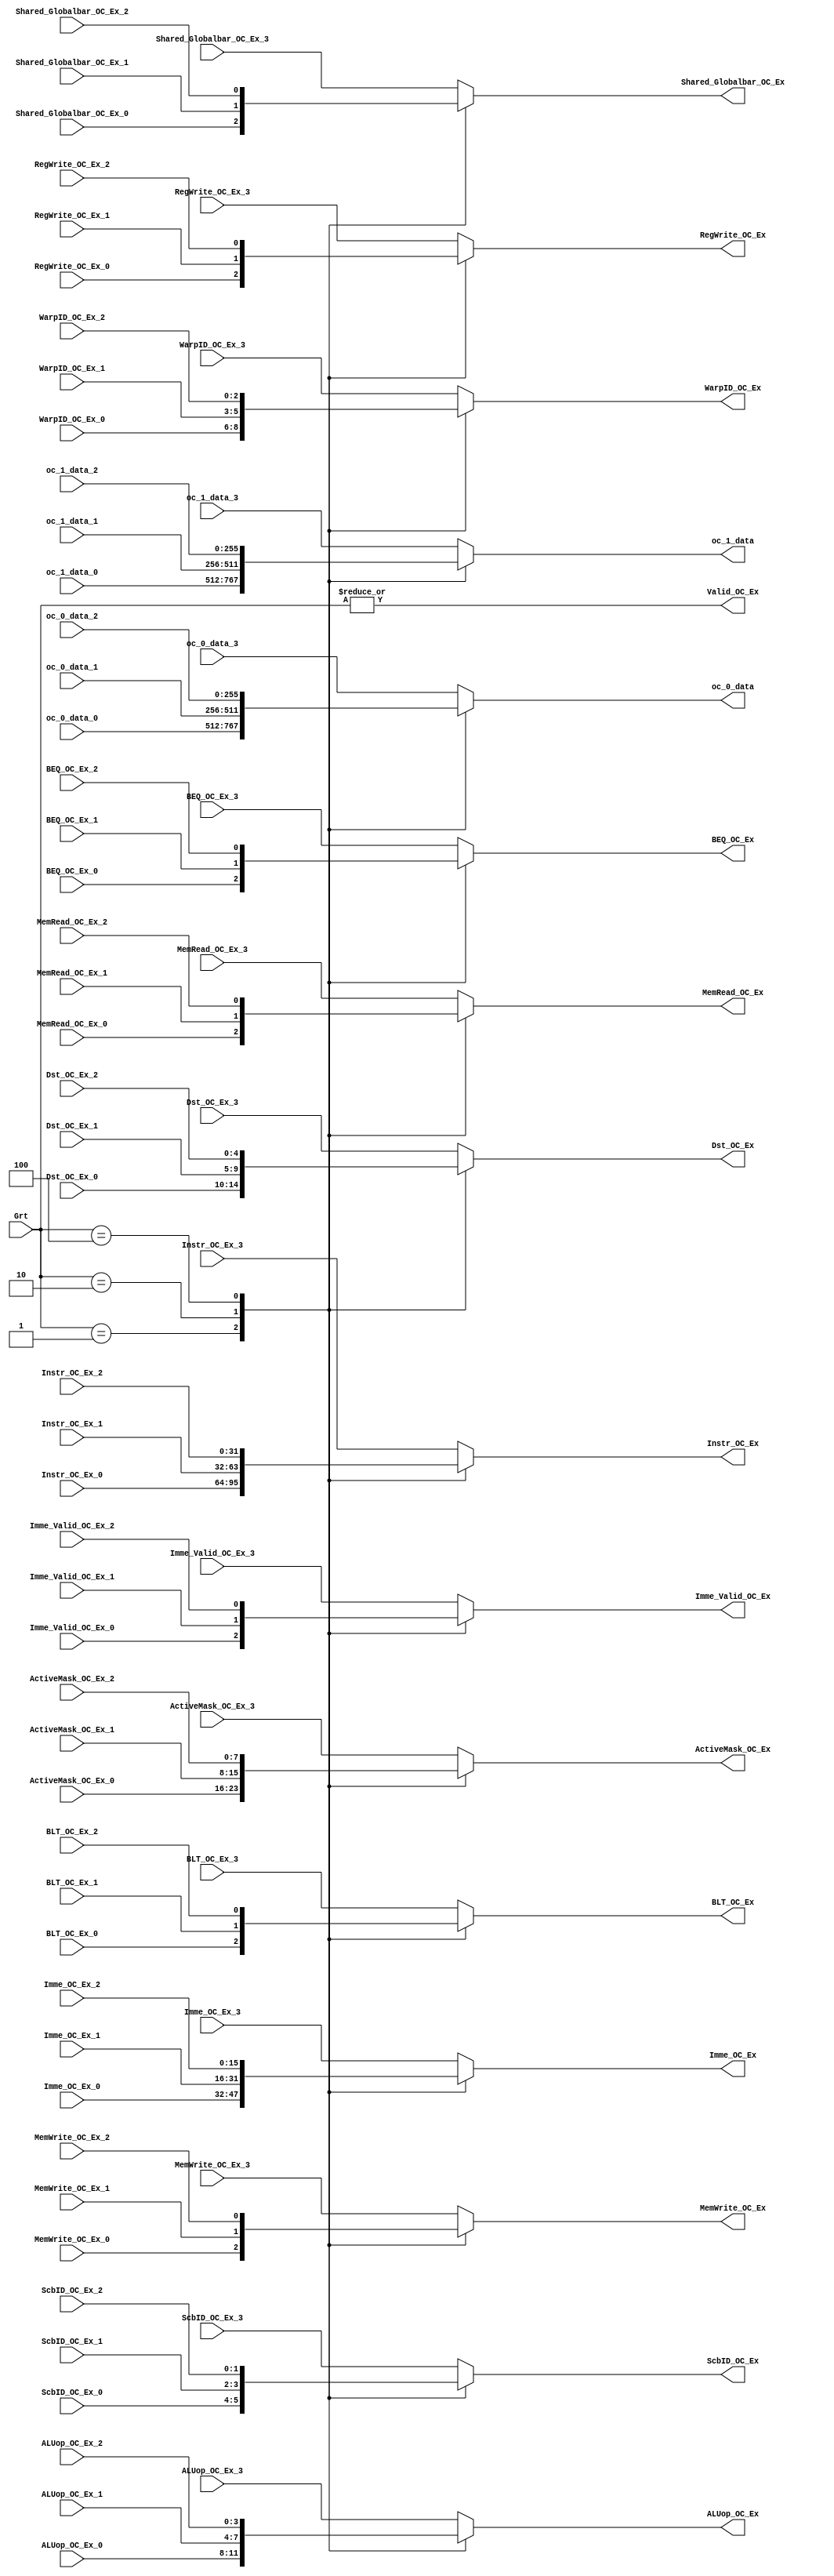
`timescale 1ns / 100ps

module MUX_4_1 (
    input [3:0] Grt,

    input wire [255:0] oc_0_data_0,
    input wire [255:0] oc_1_data_0,

    input [2:0] WarpID_OC_Ex_0,
    input [31:0] Instr_OC_Ex_0 ,//pass
    input RegWrite_OC_Ex_0,
    input [15:0] Imme_OC_Ex_0 ,//
    input Imme_Valid_OC_Ex_0 ,//
    input [3:0] ALUop_OC_Ex_0 ,//
    input MemWrite_OC_Ex_0 ,//
    input MemRead_OC_Ex_0 ,//
    input Shared_Globalbar_OC_Ex_0 ,//pass
    input BEQ_OC_Ex_0 ,//pass
    input BLT_OC_Ex_0 ,//pass
    input [1:0] ScbID_OC_Ex_0 ,//pass
    input [7:0] ActiveMask_OC_Ex_0,//pass
    input [4:0] Dst_OC_Ex_0,

    input wire [255:0] oc_0_data_1,
    input wire [255:0] oc_1_data_1,

    input [2:0] WarpID_OC_Ex_1,
    input [31:0] Instr_OC_Ex_1 ,//pass
    input RegWrite_OC_Ex_1,
    input [15:0] Imme_OC_Ex_1 ,//
    input Imme_Valid_OC_Ex_1 ,//
    input [3:0] ALUop_OC_Ex_1 ,//
    input MemWrite_OC_Ex_1 ,//
    input MemRead_OC_Ex_1 ,//
    input Shared_Globalbar_OC_Ex_1 ,//pass
    input BEQ_OC_Ex_1 ,//pass
    input BLT_OC_Ex_1 ,//pass
    input [1:0] ScbID_OC_Ex_1 ,//pass
    input [7:0] ActiveMask_OC_Ex_1,//pass
    input [4:0] Dst_OC_Ex_1,

    input wire [255:0] oc_0_data_2,
    input wire [255:0] oc_1_data_2,

    input [2:0] WarpID_OC_Ex_2,
    input [31:0] Instr_OC_Ex_2 ,//pass
    input RegWrite_OC_Ex_2,
    input [15:0] Imme_OC_Ex_2 ,//
    input Imme_Valid_OC_Ex_2 ,//
    input [3:0] ALUop_OC_Ex_2 ,//
    input MemWrite_OC_Ex_2 ,//
    input MemRead_OC_Ex_2 ,//
    input Shared_Globalbar_OC_Ex_2 ,//pass
    input BEQ_OC_Ex_2 ,//pass
    input BLT_OC_Ex_2 ,//pass
    input [1:0] ScbID_OC_Ex_2 ,//pass
    input [7:0] ActiveMask_OC_Ex_2,//pass
    input [4:0] Dst_OC_Ex_2,

    input wire [255:0] oc_0_data_3,
    input wire [255:0] oc_1_data_3,

    input [2:0] WarpID_OC_Ex_3,
    input [31:0] Instr_OC_Ex_3 ,//pass
    input RegWrite_OC_Ex_3,
    input [15:0] Imme_OC_Ex_3 ,//
    input Imme_Valid_OC_Ex_3 ,//
    input [3:0] ALUop_OC_Ex_3 ,//
    input MemWrite_OC_Ex_3 ,//
    input MemRead_OC_Ex_3 ,//
    input Shared_Globalbar_OC_Ex_3 ,//pass
    input BEQ_OC_Ex_3 ,//pass
    input BLT_OC_Ex_3 ,//pass
    input [1:0] ScbID_OC_Ex_3 ,//pass
    input [7:0] ActiveMask_OC_Ex_3,//pass
    input [4:0] Dst_OC_Ex_3,


    output reg [255:0] oc_0_data,
    output reg [255:0] oc_1_data,

    output reg Valid_OC_Ex,
    
    output reg [2:0] WarpID_OC_Ex,
    output reg [31:0] Instr_OC_Ex ,//pass
    output reg RegWrite_OC_Ex,
    output reg [15:0] Imme_OC_Ex ,//
    output reg Imme_Valid_OC_Ex ,//
    output reg [3:0] ALUop_OC_Ex ,//
    output reg MemWrite_OC_Ex ,//
    output reg MemRead_OC_Ex ,//
    output reg Shared_Globalbar_OC_Ex ,//pass
    output reg BEQ_OC_Ex ,//pass
    output reg BLT_OC_Ex ,//pass
    output reg [1:0] ScbID_OC_Ex ,//pass
    output reg [7:0] ActiveMask_OC_Ex,//pass
    output reg [4:0] Dst_OC_Ex

);

always @ (*)
begin
    Valid_OC_Ex = |Grt;

    case (Grt)
    4'b0001:
        begin
            oc_0_data = oc_0_data_0;
            oc_1_data = oc_1_data_0;

            WarpID_OC_Ex = WarpID_OC_Ex_0;
            Instr_OC_Ex = Instr_OC_Ex_0 ;//pass
            RegWrite_OC_Ex = RegWrite_OC_Ex_0;
            Imme_OC_Ex = Imme_OC_Ex_0 ;//
            Imme_Valid_OC_Ex = Imme_Valid_OC_Ex_0 ;//
            ALUop_OC_Ex = ALUop_OC_Ex_0 ;//
            MemWrite_OC_Ex = MemWrite_OC_Ex_0;//
            MemRead_OC_Ex = MemRead_OC_Ex_0 ;//
            Shared_Globalbar_OC_Ex = Shared_Globalbar_OC_Ex_0;//pass
            BEQ_OC_Ex = BEQ_OC_Ex_0 ;//pass
            BLT_OC_Ex = BLT_OC_Ex_0 ;//pass
            ScbID_OC_Ex = ScbID_OC_Ex_0 ;//pass
            ActiveMask_OC_Ex = ActiveMask_OC_Ex_0;//pass
            Dst_OC_Ex = Dst_OC_Ex_0;
        end

    4'b0010:
        begin
            oc_0_data = oc_0_data_1;
            oc_1_data = oc_1_data_1;

            WarpID_OC_Ex = WarpID_OC_Ex_1;
            Instr_OC_Ex = Instr_OC_Ex_1 ;//pass
            RegWrite_OC_Ex = RegWrite_OC_Ex_1;
            Imme_OC_Ex = Imme_OC_Ex_1 ;//
            Imme_Valid_OC_Ex = Imme_Valid_OC_Ex_1 ;//
            ALUop_OC_Ex = ALUop_OC_Ex_1 ;//
            MemWrite_OC_Ex = MemWrite_OC_Ex_1;//
            MemRead_OC_Ex = MemRead_OC_Ex_1 ;//
            Shared_Globalbar_OC_Ex = Shared_Globalbar_OC_Ex_1;//pass
            BEQ_OC_Ex = BEQ_OC_Ex_1 ;//pass
            BLT_OC_Ex = BLT_OC_Ex_1 ;//pass
            ScbID_OC_Ex = ScbID_OC_Ex_1 ;//pass
            ActiveMask_OC_Ex = ActiveMask_OC_Ex_1;//pass
            Dst_OC_Ex = Dst_OC_Ex_1;
        end
    
    4'b0100:
        begin
            oc_0_data = oc_0_data_2;
            oc_1_data = oc_1_data_2;

            WarpID_OC_Ex = WarpID_OC_Ex_2;
            Instr_OC_Ex = Instr_OC_Ex_2 ;//pass
            RegWrite_OC_Ex = RegWrite_OC_Ex_2;
            Imme_OC_Ex = Imme_OC_Ex_2 ;//
            Imme_Valid_OC_Ex = Imme_Valid_OC_Ex_2 ;//
            ALUop_OC_Ex = ALUop_OC_Ex_2 ;//
            MemWrite_OC_Ex = MemWrite_OC_Ex_2;//
            MemRead_OC_Ex = MemRead_OC_Ex_2 ;//
            Shared_Globalbar_OC_Ex = Shared_Globalbar_OC_Ex_2;//pass
            BEQ_OC_Ex = BEQ_OC_Ex_2 ;//pass
            BLT_OC_Ex = BLT_OC_Ex_2 ;//pass
            ScbID_OC_Ex = ScbID_OC_Ex_2 ;//pass
            ActiveMask_OC_Ex = ActiveMask_OC_Ex_2;//pass
            Dst_OC_Ex = Dst_OC_Ex_2;
        end
    
    default:
        begin
            oc_0_data = oc_0_data_3;
            oc_1_data = oc_1_data_3;

            WarpID_OC_Ex = WarpID_OC_Ex_3;
            Instr_OC_Ex = Instr_OC_Ex_3 ;//pass
            RegWrite_OC_Ex = RegWrite_OC_Ex_3;
            Imme_OC_Ex = Imme_OC_Ex_3 ;//
            Imme_Valid_OC_Ex = Imme_Valid_OC_Ex_3 ;//
            ALUop_OC_Ex = ALUop_OC_Ex_3 ;//
            MemWrite_OC_Ex = MemWrite_OC_Ex_3;//
            MemRead_OC_Ex = MemRead_OC_Ex_3 ;//
            Shared_Globalbar_OC_Ex = Shared_Globalbar_OC_Ex_3;//pass
            BEQ_OC_Ex = BEQ_OC_Ex_3 ;//pass
            BLT_OC_Ex = BLT_OC_Ex_3 ;//pass
            ScbID_OC_Ex = ScbID_OC_Ex_3 ;//pass
            ActiveMask_OC_Ex = ActiveMask_OC_Ex_3;//pass
            Dst_OC_Ex = Dst_OC_Ex_3;
        end
    endcase


end

endmodule